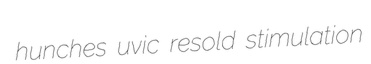
hunches uvic resold stimulation